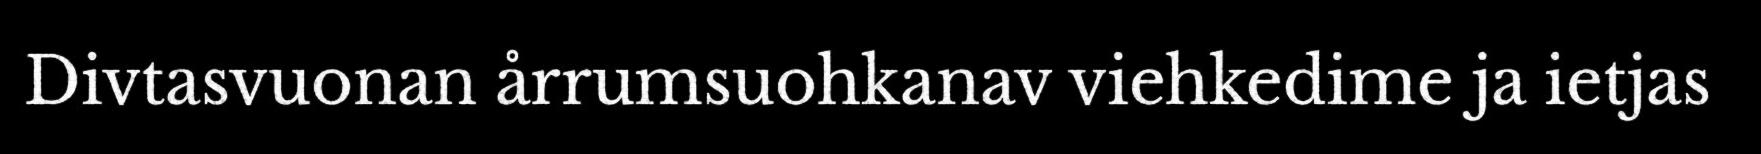
Divtasvuonan årrumsuohkanav viehkedime ja ietjas